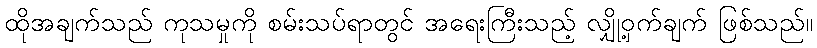
ထိုအချက်သည် ကုသမှုကို စမ်းသပ်ရာတွင် အရေးကြီးသည့် လျှို့ဝှက်ချက် ဖြစ်သည်။